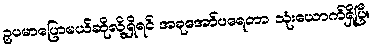
ဥပမာပြောမယ်ဆိုလို့ရှိရင် အခုအော်ပရေတာ သုံးယောက်ရှိပြီ။